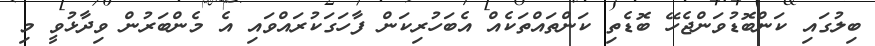
ބިލުގައި ކަންބޮޑުވަންޖެހޭ ބޮޑެތި ކަންތައްތަކެއް އެބަހުރިކަން ފާހަގަކުރައްވައި އެ މެންބަރުން ވިދާޅުވީ މި